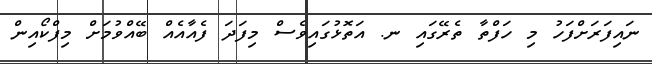
ނައިފަރަށްފަހު މި ހަފްތާ ތެރޭގައި ނ. އަތޮޅުގައިވެސް މިފަދަ ފެއާއެއް ބޭއްވުމަށް މިފްކޯއިން